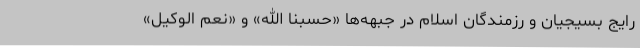
رایج بسیجیان و رزمندگان اسلام در جبهه‌ها «حسبنا الله» و «نعم الوکیل»